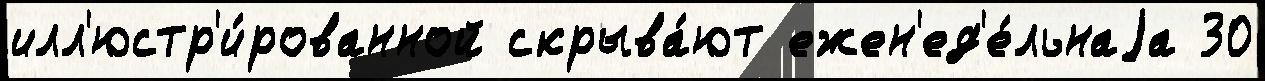
илл'юстр'и́рованной скрыва́ют ежен'ед'е́льнаjа 30